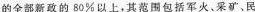
的全部新政的80%以上，其范围包括军火。采矿、民